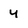
Character: y